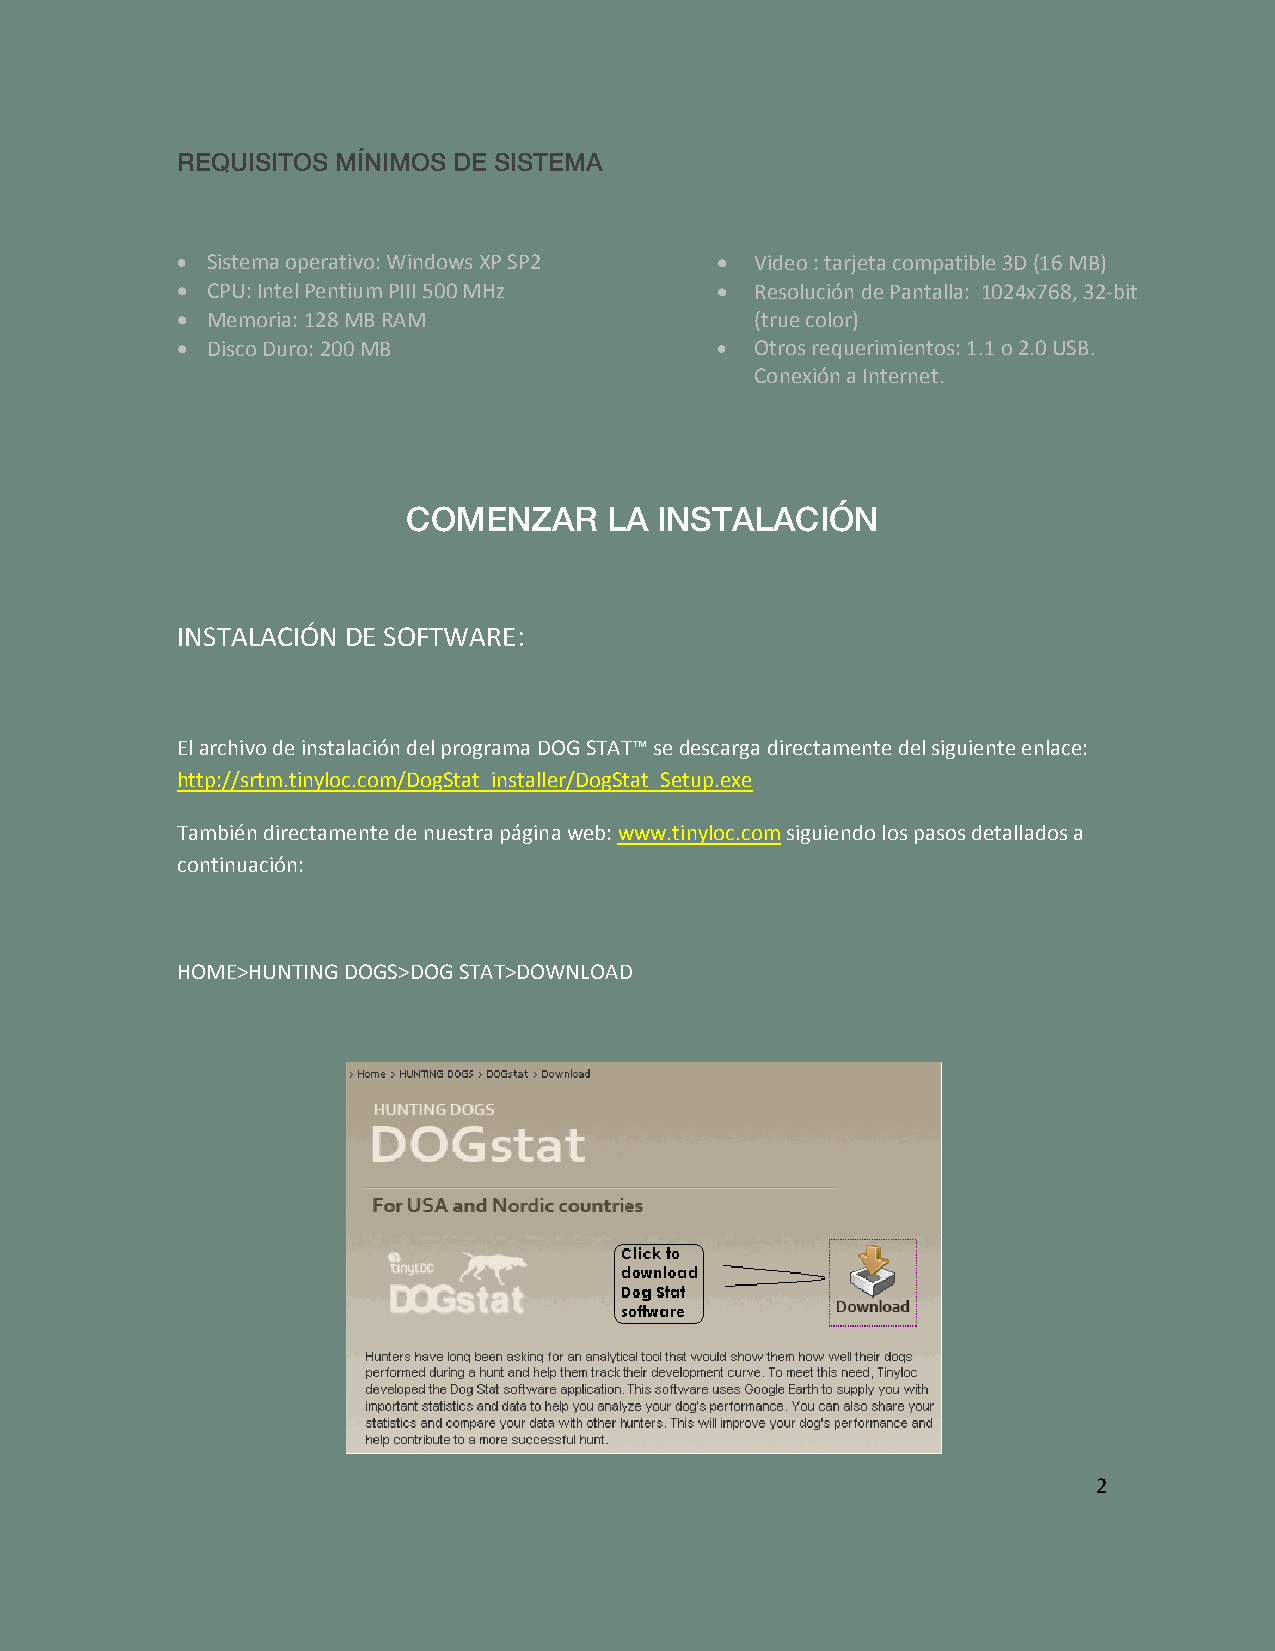
REQUISITOS MÍNIMOS DE SISTEMA
 • Sistema operativo: Windows XP SP2 • Video : tarjeta compatible 3D (16 MB)
 • CPU: Intel Pentium PIII 500 MHz  •  Resolución de Pantalla: 1024x768, 32‐bit
 • Memoria: 128 MB RAM                 (true color)
 • Disco Duro: 200 MB               •  Otros requerimientos: 1.1 o 2.0 USB.
 Conexión a Internet.
 COMENZAR     LA  INSTALACIÓN
 INSTALACIÓN DE SOFTWARE:
 El archivo de instalación del programa DOG STAT™ se descarga directamente del siguiente enlace:
 http://srtm.tinyloc.com/DogStat_installer/DogStat_Setup.exe
 También directamente de nuestra página web: www.tinyloc.com siguiendo los pasos detallados a
 continuación:
 HOME>HUNTING DOGS>DOG STAT>DOWNLOAD
 2